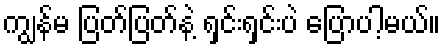
ကျွန်မ ပြတ်ပြတ်နဲ့ ရှင်းရှင်းပဲ ပြောပါ့မယ်။